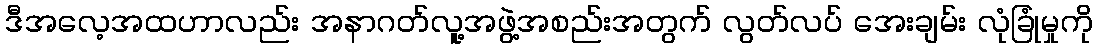
ဒီအလေ့အထဟာလည်း အနာဂတ်လူ့အဖွဲ့အစည်းအတွက် လွတ်လပ် အေးချမ်း လုံခြုံမှုကို